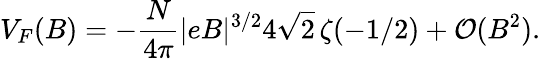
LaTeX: V_{F}(B)=-\frac{N}{4\pi}|eB|^{3/2}4\sqrt{2}\, \zeta(-1/2)+{\cal O}(B^{2}).